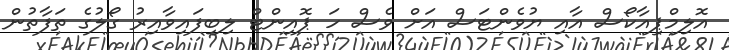
އޮލިމްޕިއާކޯސް އާއި ޔުވެންޓަސް އަށް ވެސް ހަ ޕޮއިންޓް ލިބިފައިވާއިރު ގޯލުގެ ތަފާތުން